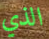
الذي